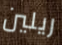
ريلين